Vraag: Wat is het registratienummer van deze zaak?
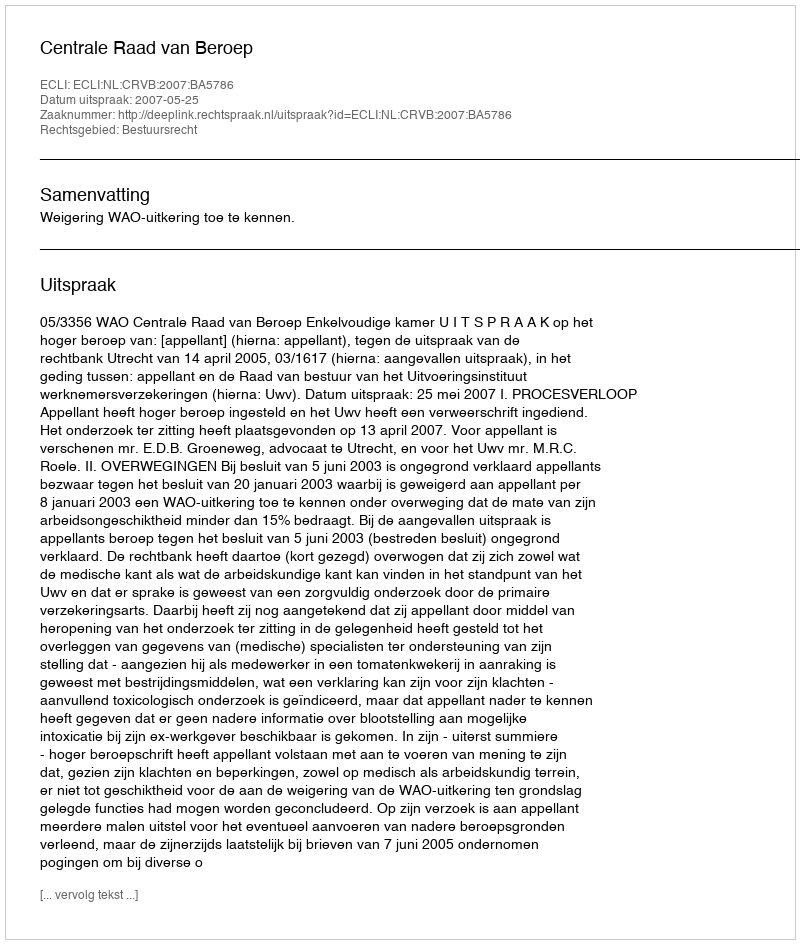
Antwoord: http://deeplink.rechtspraak.nl/uitspraak?id=ECLI:NL:CRVB:2007:BA5786